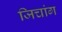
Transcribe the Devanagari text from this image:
जिचांग